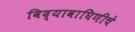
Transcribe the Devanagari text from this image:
विद्यावाघिणीचे